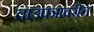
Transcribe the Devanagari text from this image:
ताडपत्रावरील